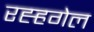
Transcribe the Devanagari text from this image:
रह्हगेल